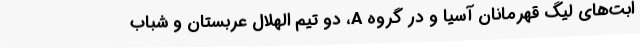
ابت‌های لیگ قهرمانان آسیا و در گروه A، دو تیم الهلال عربستان و شباب